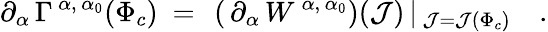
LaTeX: \partial_{\alpha}\, \Gamma^{\, \alpha,\, \alpha_{0}}(\Phi_{c})\ =\ \left(\, \partial_{\alpha}\, W^{\, \alpha,\, \alpha_{0}}\right)(\mathcal{J})\, \vert_{\, \mathcal{J}=\mathcal{J}(\Phi_{c})}\quad.